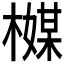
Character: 𬄪